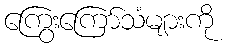
ကြွေးကြော်သံများကို